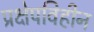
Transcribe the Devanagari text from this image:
प्रक्षेपविहीन